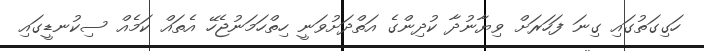
ހަގިގަތުގައި ގިނަ ފަހަރަށް ވިޔާނުދާ ކުދިންގެ އަތްދަށުވަނީ ހިތްހަމަނުޖެހޭ އެތައް ކަމެއް ސިކުނޑީގައި